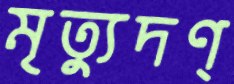
মৃত্যুদণ্